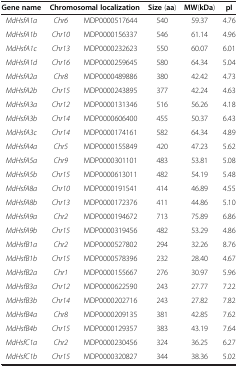
<table><thead><tr><td><b>Gene name</b></td><td colspan="2"><b>Chromosomal localization</b></td><td><b>Size (aa)</b></td><td><b>MW(kDa)</b></td><td><b>pI</b></td></tr></thead><tbody><tr><td><i>MdHsfA1a</i></td><td><i>Chr6</i></td><td>MDP0000517644</td><td>540</td><td>59.37</td><td>4.76</td></tr><tr><td><i>MdHsfA1b</i></td><td><i>Chr10</i></td><td>MDP0000156337</td><td>546</td><td>61.14</td><td>4.96</td></tr><tr><td><i>MdHsfA1c</i></td><td><i>Chr13</i></td><td>MDP0000232623</td><td>550</td><td>60.07</td><td>6.01</td></tr><tr><td><i>MdHsfA1d</i></td><td><i>Chr16</i></td><td>MDP0000259645</td><td>580</td><td>64.34</td><td>5.04</td></tr><tr><td><i>MdHsfA2a</i></td><td><i>Chr8</i></td><td>MDP0000489886</td><td>380</td><td>42.42</td><td>4.73</td></tr><tr><td><i>MdHsfA2b</i></td><td><i>Chr15</i></td><td>MDP0000243895</td><td>377</td><td>42.24</td><td>4.63</td></tr><tr><td><i>MdHsfA3a</i></td><td><i>Chr12</i></td><td>MDP0000131346</td><td>516</td><td>56.26</td><td>4.18</td></tr><tr><td><i>MdHsfA3b</i></td><td><i>Chr14</i></td><td>MDP0000606400</td><td>455</td><td>50.37</td><td>6.43</td></tr><tr><td><i>MdHsfA3c</i></td><td><i>Chr14</i></td><td>MDP0000174161</td><td>582</td><td>64.34</td><td>4.89</td></tr><tr><td><i>MdHsfA4a</i></td><td><i>Chr5</i></td><td>MDP0000155849</td><td>420</td><td>47.23</td><td>5.62</td></tr><tr><td><i>MdHsfA5a</i></td><td><i>Chr9</i></td><td>MDP0000301101</td><td>483</td><td>53.81</td><td>5.08</td></tr><tr><td><i>MdHsfA5b</i></td><td><i>Chr15</i></td><td>MDP0000613011</td><td>482</td><td>54.19</td><td>5.48</td></tr><tr><td><i>MdHsfA8a</i></td><td><i>Chr10</i></td><td>MDP0000191541</td><td>414</td><td>46.89</td><td>4.55</td></tr><tr><td><i>MdHsfA8b</i></td><td><i>Chr13</i></td><td>MDP0000172376</td><td>411</td><td>44.86</td><td>5.10</td></tr><tr><td><i>MdHsfA9a</i></td><td><i>Chr2</i></td><td>MDP0000194672</td><td>713</td><td>75.89</td><td>6.86</td></tr><tr><td><i>MdHsfA9b</i></td><td><i>Chr15</i></td><td>MDP0000319456</td><td>482</td><td>53.29</td><td>4.86</td></tr><tr><td><i>MdHsfB1a</i></td><td><i>Chr2</i></td><td>MDP0000527802</td><td>294</td><td>32.26</td><td>8.76</td></tr><tr><td><i>MdHsfB1b</i></td><td><i>Chr15</i></td><td>MDP0000578396</td><td>232</td><td>28.40</td><td>4.67</td></tr><tr><td><i>MdHsfB2a</i></td><td><i>Chr1</i></td><td>MDP0000155667</td><td>276</td><td>30.97</td><td>5.96</td></tr><tr><td><i>MdHsfB3a</i></td><td><i>Chr12</i></td><td>MDP0000622590</td><td>243</td><td>27.77</td><td>7.22</td></tr><tr><td><i>MdHsfB3b</i></td><td><i>Chr14</i></td><td>MDP0000202716</td><td>243</td><td>27.82</td><td>7.82</td></tr><tr><td><i>MdHsfB4a</i></td><td><i>Chr8</i></td><td>MDP0000209135</td><td>381</td><td>42.85</td><td>7.62</td></tr><tr><td><i>MdHsfB4b</i></td><td><i>Chr15</i></td><td>MDP0000129357</td><td>383</td><td>43.19</td><td>7.64</td></tr><tr><td><i>MdHsfC1a</i></td><td><i>Chr2</i></td><td>MDP0000230456</td><td>324</td><td>36.25</td><td>6.27</td></tr><tr><td><i>MdHsfC1b</i></td><td><i>Chr15</i></td><td>MDP0000320827</td><td>344</td><td>38.36</td><td>5.02</td></tr></tbody></table>